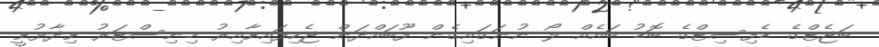
ބަޖެޓްގެ ޑެފިސިޓްގެ ބޮޑު ބައެއް ލޯ ނުނަގައިގެން ފޫބައްދަން ޖެހިފައިވާއިރު މިނިސްޓަރު ވިދާޅުވީ